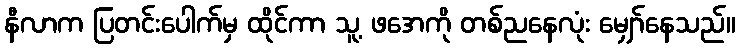
နီလာက ပြတင်းပေါက်မှ ထိုင်ကာ သူ့ ဖအေကို တစ်ညနေလုံး မျှော်နေသည်။